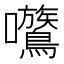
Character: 𡆈